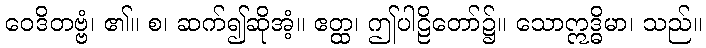
ဝေဒိတဗ္ဗံ၊ ၏။ စ၊ ဆက်၍ဆိုအံ့။ ဧတ္ထ၊ ဤပါဠိတော်၌။ သောဣဒ္ဓိမာ၊ သည်။